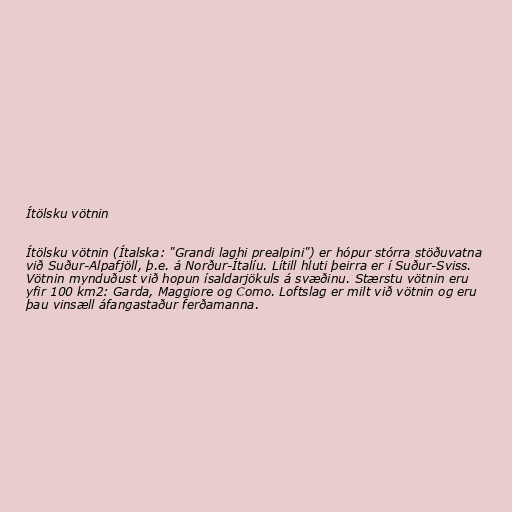
Ítölsku vötnin

Ítölsku vötnin (Ítalska: "Grandi laghi prealpini") er hópur stórra stöðuvatna
við Suður-Alpafjöll, þ.e. á Norður-Ítalíu. Lítill hluti þeirra er í Suður-Sviss.
Vötnin mynduðust við hopun ísaldarjökuls á svæðinu. Stærstu vötnin eru
yfir 100 km2: Garda, Maggiore og Como. Loftslag er milt við vötnin og eru
þau vinsæll áfangastaður ferðamanna.